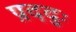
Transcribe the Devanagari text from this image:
प्रददुः